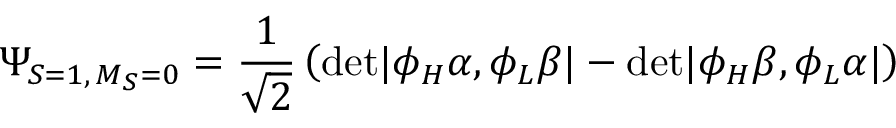
\Psi _ { S = 1 , \, M _ { S } = 0 } = \frac { 1 } { \sqrt 2 } \left( \mathrm { d e t } | \phi _ { H } \alpha , \phi _ { L } \beta | - \mathrm { d e t } | \phi _ { H } \beta , \phi _ { L } \alpha | \right)